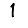
Digit: 1